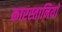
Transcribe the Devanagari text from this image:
कारस्तानियाॅ